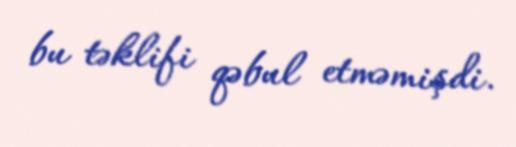
bu təklifi qəbul etməmişdi.